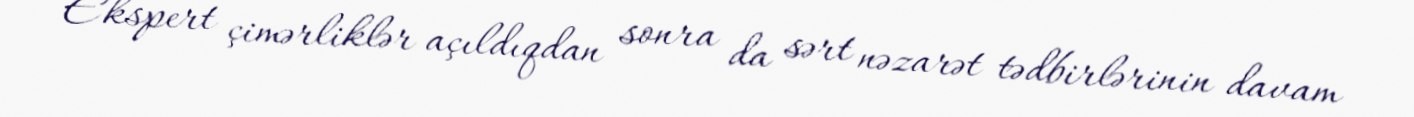
Ekspert çimərliklər açıldıqdan sonra da sərt nəzarət tədbirlərinin davam